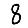
Digit: 8